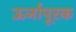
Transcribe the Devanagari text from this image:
ऊर्जापूरक